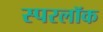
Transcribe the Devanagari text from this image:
स्परलॉक